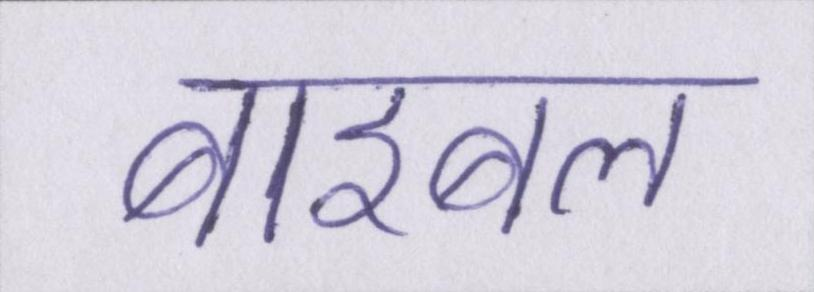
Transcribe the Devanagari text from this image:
बाइबल